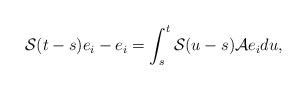
LaTeX: \begin{align*} \mathcal S(t-s) e_i- e_i= \int_s^t \mathcal S(u-s)\mathcal A e_i du,\end{align*}